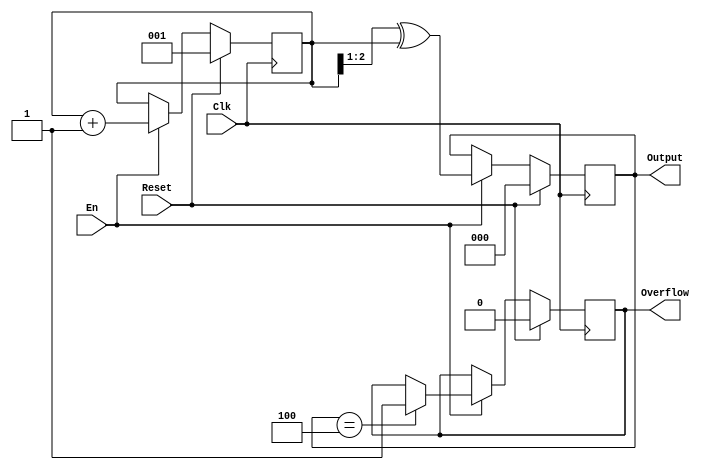
`timescale 1ns / 1ps
//////////////////////////////////////////////////////////////////////////////////
// Company: 
// Engineer: 
// 
// Design Name: 
// Module Name:    gray 
// Project Name: 
// Target Devices: 
// Tool versions: 
// Description: 
//
// Dependencies: 
//
// Revision: 
// Revision 0.01 - File Created
// Additional Comments: 
//
//////////////////////////////////////////////////////////////////////////////////
module gray(
	input Clk,
	input Reset,
	input En,
	output [2:0] Output,
	output Overflow
   );
	
	// gary
	parameter gray_width = 3;	// 
	reg [2:0] gray_value;	//gray
	reg [2:0] binary_value;	//
	reg is_overflow;	// 
	
	////
	initial
	begin
		gray_value = 0;
		binary_value = 1;
		is_overflow = 0;
	end
	////
	
	always @(posedge Clk)
	begin
	if (Reset)
	begin
		binary_value <= {{gray_width{1'b0}}, 1'b1};
		gray_value <= {{gray_width{1'b0}}};
		is_overflow <= 0;
	end
	else if (En)
	begin
		if (gray_value == 4)
		begin
			is_overflow <= 1;
			binary_value <= {{gray_width{1'b0}}, 1'b1};
			gray_value <= {{gray_width{1'b0}}};
		end
		binary_value <= binary_value + 3'b001;
		gray_value <= (binary_value >> 1) ^ binary_value;
	end
	end
	
	assign Output[2:0] = gray_value[2:0];
	assign Overflow = is_overflow;
	
endmodule